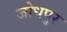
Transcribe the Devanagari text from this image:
जोधपु्र